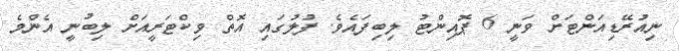
ނިއުރޭޑިއަންޓަށް ވަނީ 6 ޕޮއިންޓު ލިބިފައެވެ. ފުލުގައި އޮތް ވިކްޓަރީއަށް ލިބުނީ އެންމެ